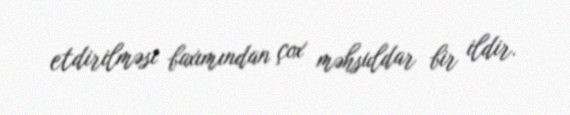
etdirilməsi baxımından çox məhsuldar bir ildir.